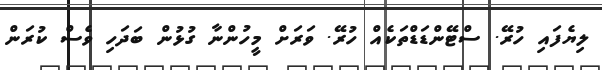
ލިޔެފައި ހުރޭ. ސްޓޭންޑަޑްތަކެއް ހުރޭ. ވަރަށް މީހުންނާ ގުޅުން ބަދަހި ވެސް ކުރަން